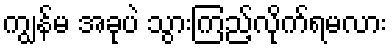
ကျွန်မ အခုပဲ သွားကြည့်လိုက်ရမလား